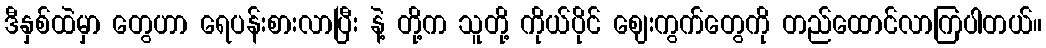
ဒီနှစ်ထဲမှာ တွေဟာ ရေပန်းစားလာပြီး နဲ့ တို့က သူတို့ ကိုယ်ပိုင် ဈေးကွက်တွေကို တည်ထောင်လာကြပါတယ်။